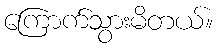
ကြောက်သွားမိတယ်။